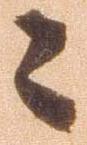
々